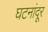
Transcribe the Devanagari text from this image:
घटनांदूर